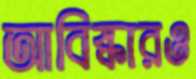
আবিষ্কারও